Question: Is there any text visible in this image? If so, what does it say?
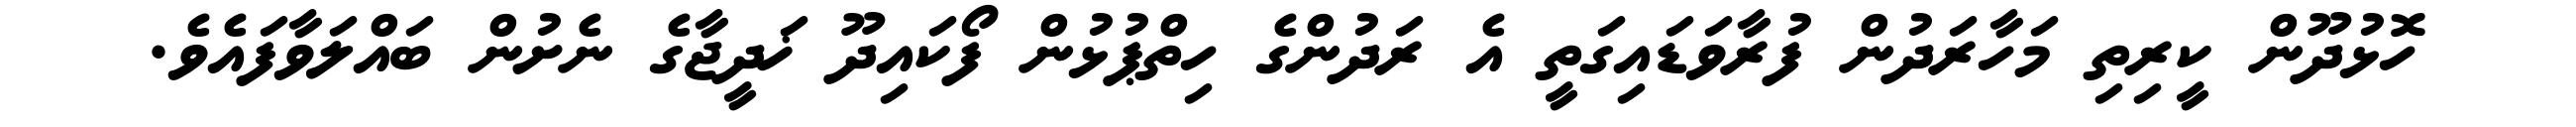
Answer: ހޮޅުދޫން ކީރިތި މަހާރަދުން ފުރާވަޑައިގަތީ އެ ރަދުންގެ ހިތްޕުޅުން ފޯކައިދޫ ޚަދީޖާގެ ނެށުން ބައްލަވާފައެވެ.